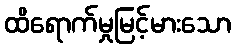
ထိရောက်မှုမြင့်မားသော